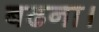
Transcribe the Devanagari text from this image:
बढना।